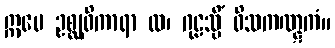
ဣမေ ဥစ္ဆုဝိကာရာ ထ၊ ဂုဠသ္မိံ ဝိသကဏ္ဋကံ။